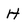
Character: H